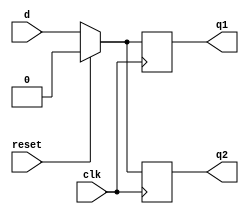
`timescale 1ns / 1ps
//////////////////////////////////////////////////////////////////////////////////
// Company: 
// Engineer: 
// 
// Design Name: 
// Module Name: d_ff_blocking
// Project Name: 
// Target Devices: 
// Tool Versions: 
// Description: 
// 
// Dependencies: 
// 
// Revision:
// Revision 0.01 - File Created
// Additional Comments:
// 
//////////////////////////////////////////////////////////////////////////////////


module d_ff_blocking(d, clk, reset, q1, q2);

input d, clk, reset;
output reg q1, q2;

always@(posedge clk)
    begin
        if(reset)
            begin
                q1 = 0;
                q2 = 0;
            end
        else
            begin
                q1 = d;
                q2 = q1;
            end
    end   
endmodule